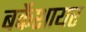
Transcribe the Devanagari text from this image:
बर्केशायर